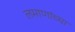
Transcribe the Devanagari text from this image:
लमाणांच्या